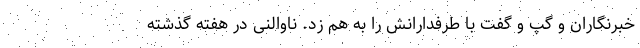
خبرنگاران و گپ و گفت با طرفدارانش را به هم زد. ناوالنی در هفته گذشته